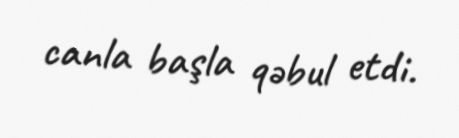
canla başla qəbul etdi.